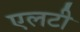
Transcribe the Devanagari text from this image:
एलटी